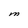
Character: M